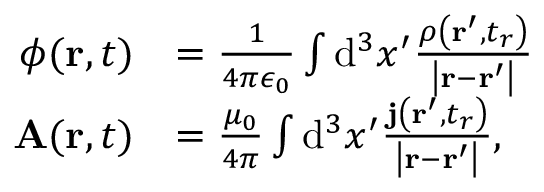
{ \begin{array} { r l } { \phi ( \mathbf { r } , t ) } & { = { \frac { 1 } { 4 \pi \epsilon _ { 0 } } } \int \mathrm { d } ^ { 3 } x ^ { \prime } { \frac { \rho \left( \mathbf { r } ^ { \prime } , t _ { r } \right) } { \left| \mathbf { r } - \mathbf { r } ^ { \prime } \right| } } } \\ { \mathbf { A } ( \mathbf { r } , t ) } & { = { \frac { \mu _ { 0 } } { 4 \pi } } \int \mathrm { d } ^ { 3 } x ^ { \prime } { \frac { \mathbf { j } \left( \mathbf { r } ^ { \prime } , t _ { r } \right) } { \left| \mathbf { r } - \mathbf { r } ^ { \prime } \right| } } , } \end{array} }